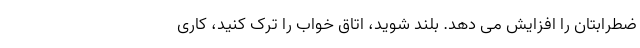
ضطرابتان را افزایش می دهد. بلند شوید، اتاق خواب را ترک کنید، کاری